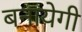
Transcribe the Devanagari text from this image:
बनायेगी